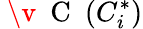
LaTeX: \mathrm{~\v~{~C~}~}(C_{i}^{*})